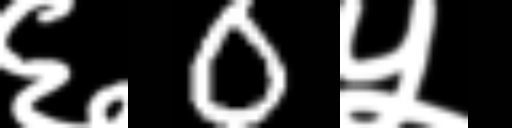
Text: ६0५